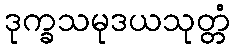
ဒုက္ခသမုဒယသုတ္တံ